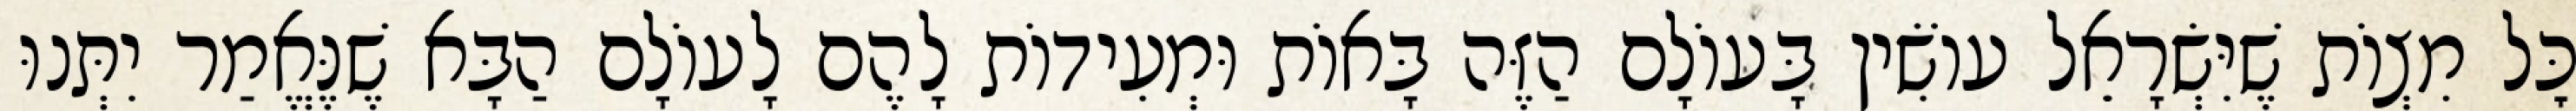
כׇּל מִצְוֹת שֶׁיִּשְׂרָאֵל עוֹשִׂין בָּעוֹלָם הַזֶּה בָּאוֹת וּמְעִידוֹת לָהֶם לָעוֹלָם הַבָּא שֶׁנֶּאֱמַר יִתְּנוּ